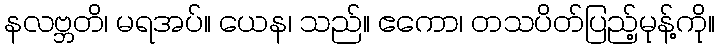
နလဗ္ဘတိ၊ မရအပ်။ ယေန၊ သည်။ ဧကော၊ တသပိတ်ပြည့်မုန့်ကို။